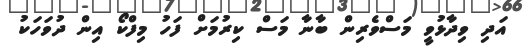
އަދި ވިދާޅުވީ މަސްވެރިން ބާނާ މަސް ކިރުމަށް ފަހު މިފްކޯ އިން ދުވަހަކު